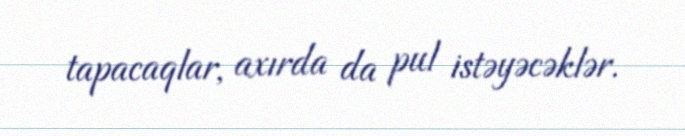
tapacaqlar, axırda da pul istəyəcəklər.